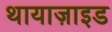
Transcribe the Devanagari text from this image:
थायाज़ाइड